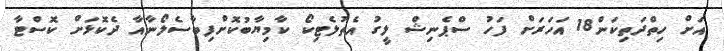
އަށް ހިތްދަތިކަން18 އަހަރަށް ފަހު ސްޕެނިޝް ލީގު އެތުލެޓިކޯ ކާމިޔާބުކޮށްފިބާސެލޯނާއާ ދެކޮޅަށް ކޮސްޓާ